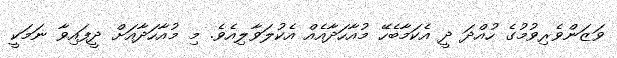
ވަޒަންވެރިވުމުގެ ހުއްދަ ދީ އެކަމާބެހޭ މުއާހަދާއެއް އެކުލަވާލިއެވެ. މި މުއާހަދާއަށް ދީފައިވާ ނަމަކީ